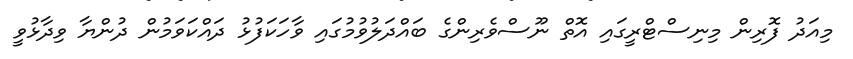
މިއަދު ފޮރިން މިނިސްޓްރީގައި އޮތް ނޫސްވެރިންގެ ބައްދަލުވުމުގައި ވާހަކަފުޅު ދައްކަވަމުން ދުންޔާ ވިދާޅުވީ